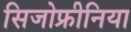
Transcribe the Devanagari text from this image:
सिजोफ्रीनिया